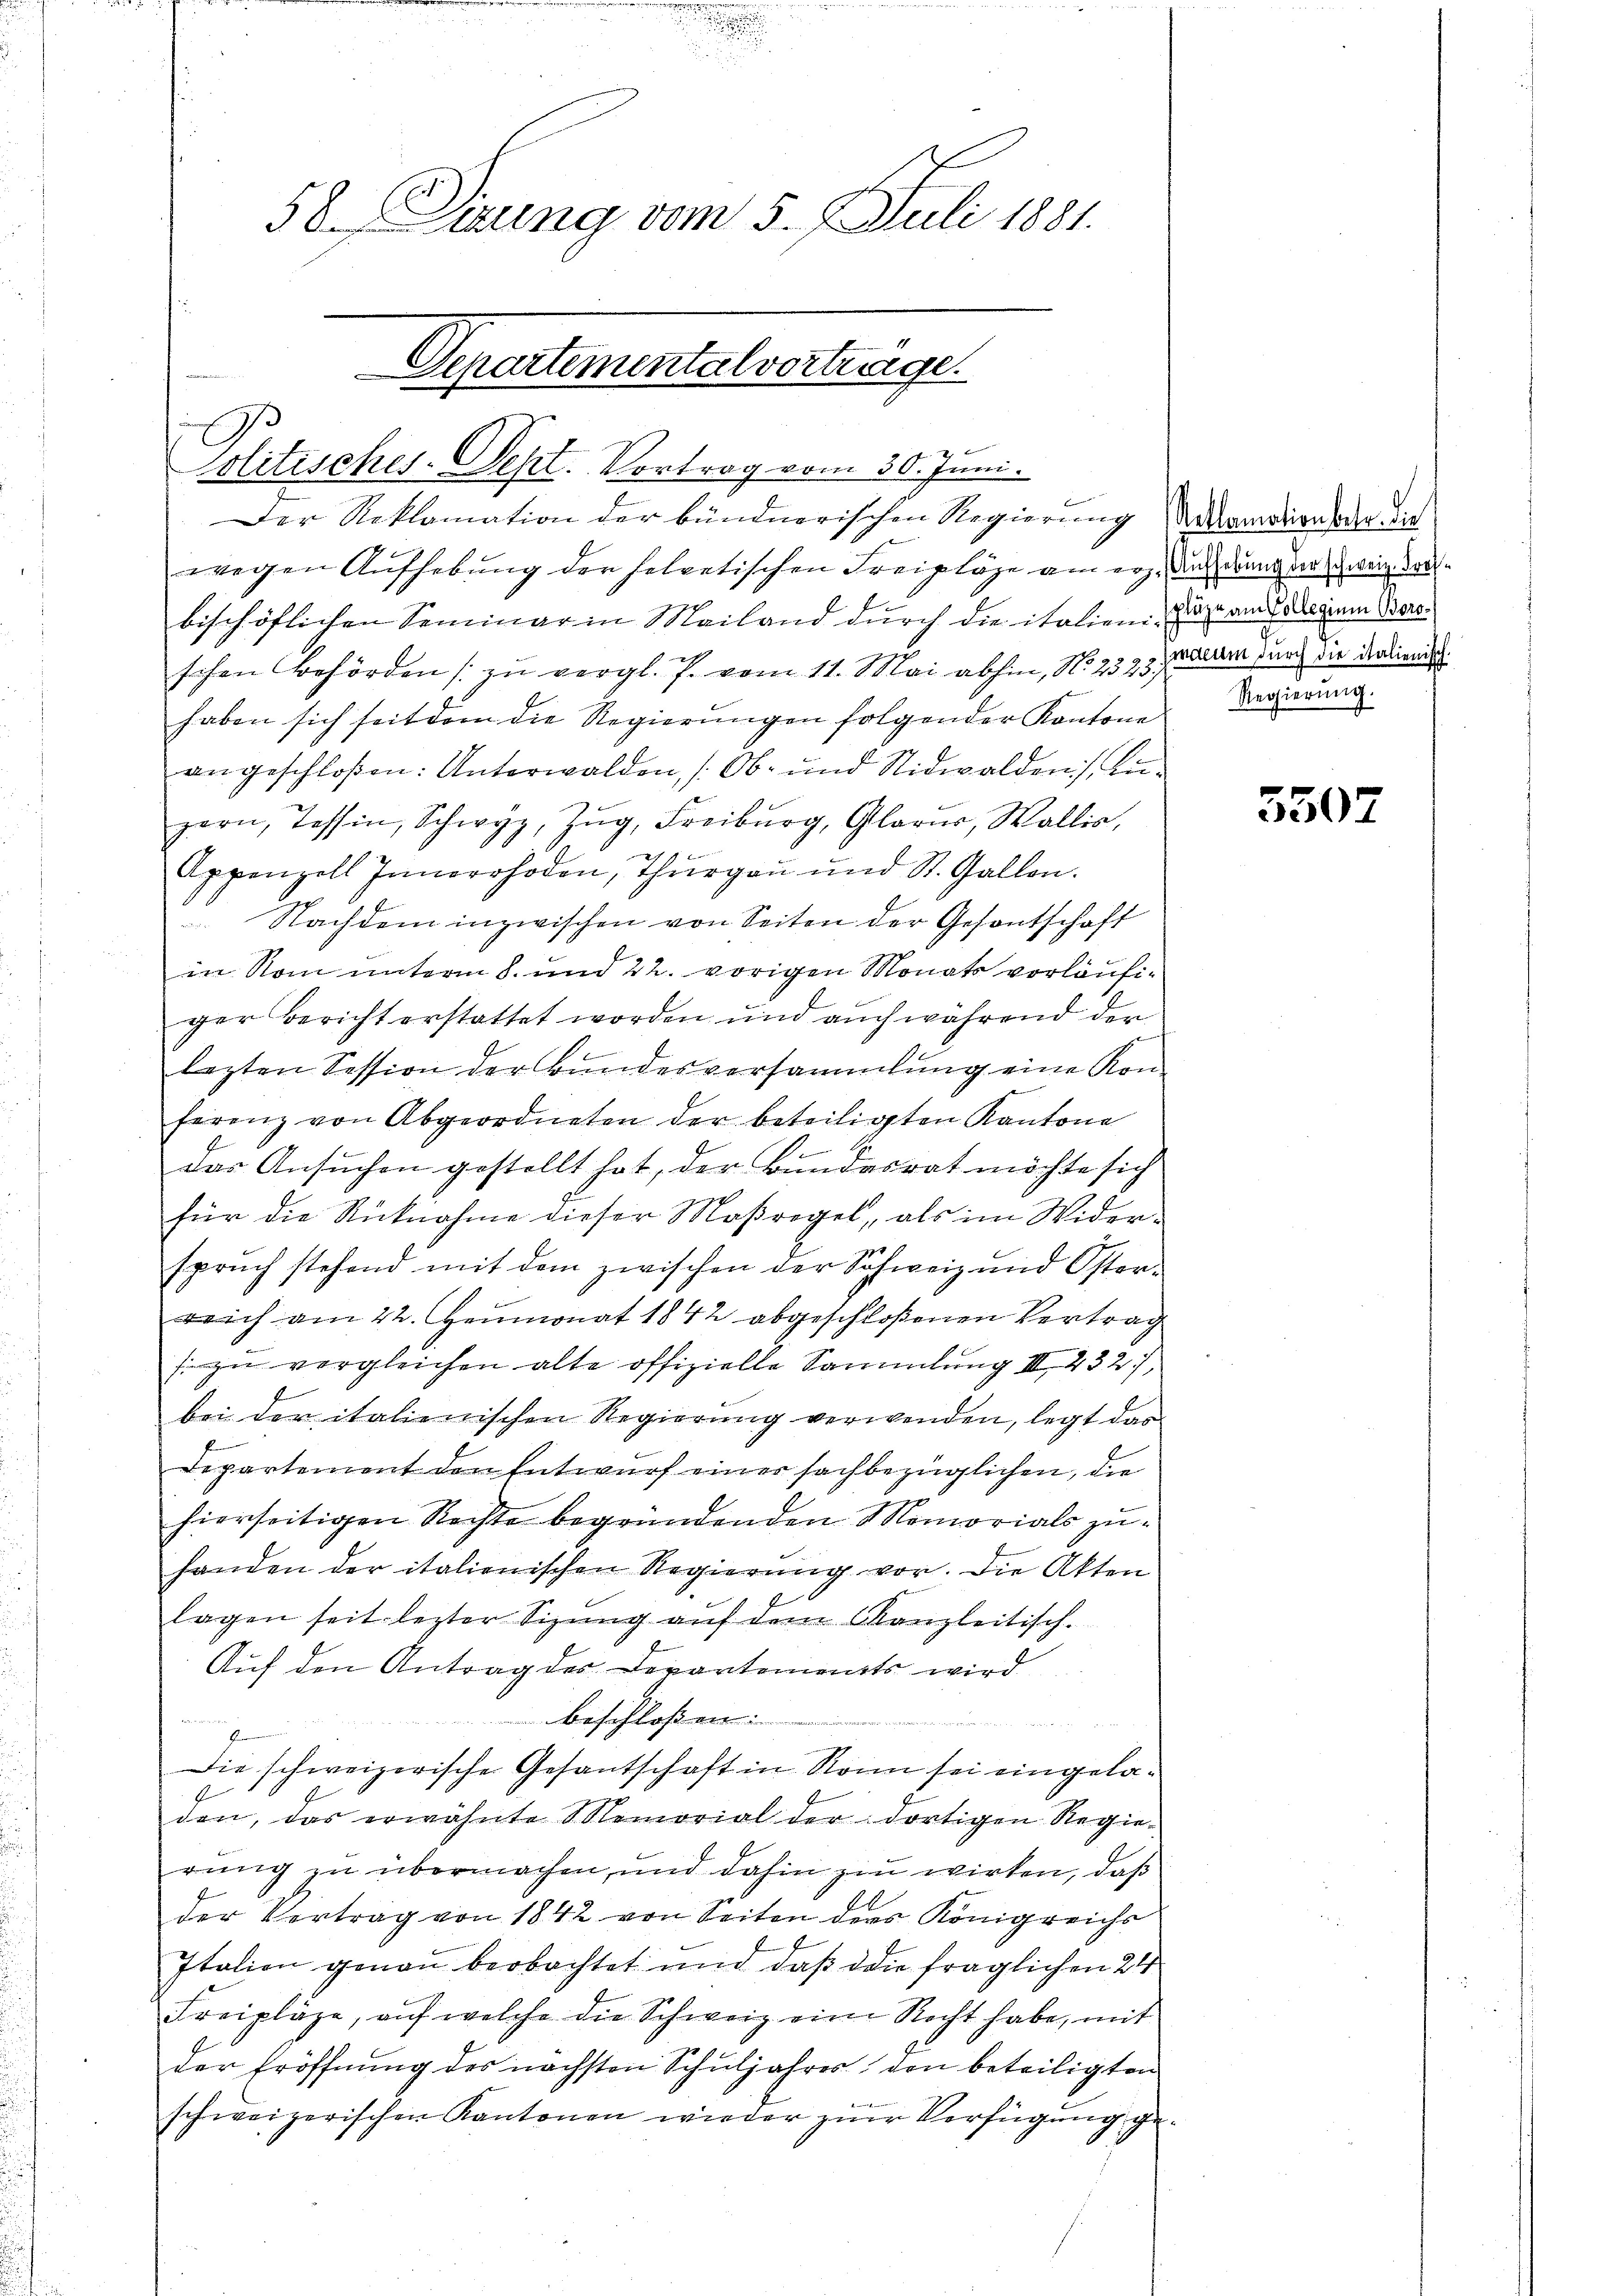
gen

58. Sizung vom 5. 9. Juli 1881.

Departementalvertreige.
2
politisches-Sept. Vortrag vom 30. Juni.

Der Reklamation der bündnerischen Regierung dermation der die
wegen Aufhebung der helvetischen Freipläge am erzbischöflichen Seminar in Mailand durch die italieni-
schen Behörden zu vergl. P. vom 11. Mai abhin, No. 2323)
haben sich seit dem die Regierungen folgender Kantone
angeschloßen: Unterwalden, [Ob- und Nidwalden), An¬
Hern, Tessin, Schwyz, Zŭg, Freiburg, Glarus, Wallis,
Appenzell Innerrhoden, Thurgau und St. Gallen.
 Nachdem inzwischen von Seiten der Gesantschaft
in Rom unterm 8. und 22. vorigen Monats vorläufiger Bericht erstattet worden und auch während der
lezten Session der Bundesversammlung eine Kon-
ferenz von Abgeordneten der beteiligten Kantone
das Ansuchen gestellt hat, der Bundesrat möchte sich
für die Rücknahme dieser Maßregel, als im Wider-
sprŭch stehend mit dem zwischen der Schweiz und Oster-
reich am 22. Heumonat 1842 abgeschloßenen Vertrag
fi zu vergleichen alte offizielle Sammlung III 232,
bei der italienischen Regierung verwenden, legt das
Departement den Entwurf einer sachbezüglichen, die
hierseitigen Rechte begründenden Memorials zuhanden der italienischen Regierung vor. Die Akten
lagen seit lezter Sizŭng aŭf dem Canzleitisch-
Auf den Antrag des Departements wird

beschloßen:
Die schweizerische Gesantschaft in Kann sei eingela¬
5
den, das erwähnte Memorial der dortigen Regierung zu übermachen, und dahin zu wirken, daß
der Vertrag von 1842 von Seiten ders Königreichs
Italien genau beobachtet und daß die fraglichen 24
Freipläge, aŭf welche die Schweiz eine Recht habe, mit
der Eröffnung des nächsten Schuljahres, den beteiligten
schweizerischen Kantonen wieder zur Verfügung ge¬

Aufhebung der schweiz. Proffläge am Collegium Boro¬
Emaeum durch die italienisch.
Regierung.

5507